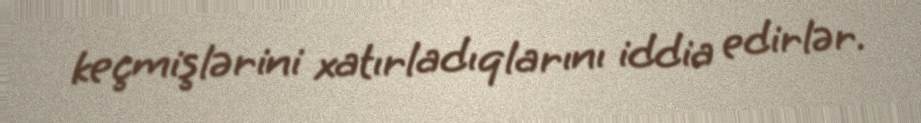
keçmişlərini xatırladıqlarını iddia edirlər.